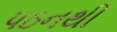
પઠનથી